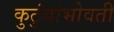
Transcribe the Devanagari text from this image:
कुटुंबांभोवती